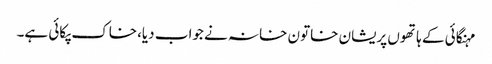
مہنگائی کے ہاتھوں پریشان خاتون خانہ نے جواب دیا،خاک پکائی ہے۔